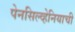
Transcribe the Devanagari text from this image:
पेनसिल्व्हेनियाची